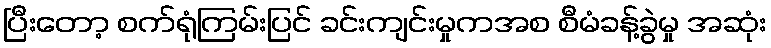
ပြီးတော့ စက်ရုံကြမ်းပြင် ခင်းကျင်းမှုကအစ စီမံခန့်ခွဲမှု အဆုံး